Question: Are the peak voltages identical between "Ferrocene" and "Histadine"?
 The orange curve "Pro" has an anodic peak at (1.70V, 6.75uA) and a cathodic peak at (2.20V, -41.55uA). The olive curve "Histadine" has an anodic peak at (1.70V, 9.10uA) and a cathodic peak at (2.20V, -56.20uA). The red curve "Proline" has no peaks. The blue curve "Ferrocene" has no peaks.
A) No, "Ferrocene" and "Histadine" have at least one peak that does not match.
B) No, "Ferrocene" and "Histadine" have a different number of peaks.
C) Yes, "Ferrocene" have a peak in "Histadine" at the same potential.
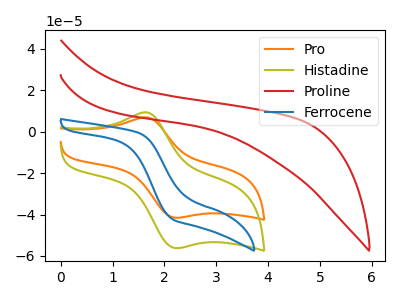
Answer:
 <answer>B) No, "Ferrocene" and "Histadine" have a different number of peaks.</answer>
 <eval>B</eval>